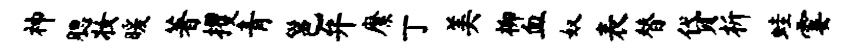
神腮妆暖著攫青邕弁縻丁美柳血奴表替贷析蛙霎